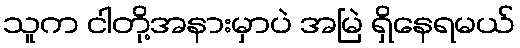
သူက ငါတို့အနားမှာပဲ အမြဲ ရှိနေရမယ်